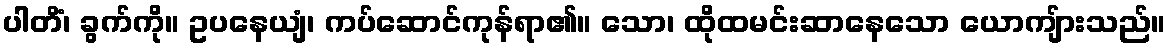
ပါတိံ၊ ခွက်ကို။ ဥပနေယျံ၊ ကပ်ဆောင်ကုန်ရာ၏။ သော၊ ထိုထမင်းဆာနေသော ယောကျ်ားသည်။